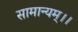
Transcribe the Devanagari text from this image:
सामान्यम्।।